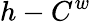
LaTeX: h-C^{w}